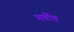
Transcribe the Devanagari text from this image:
गर्वीष्ठ